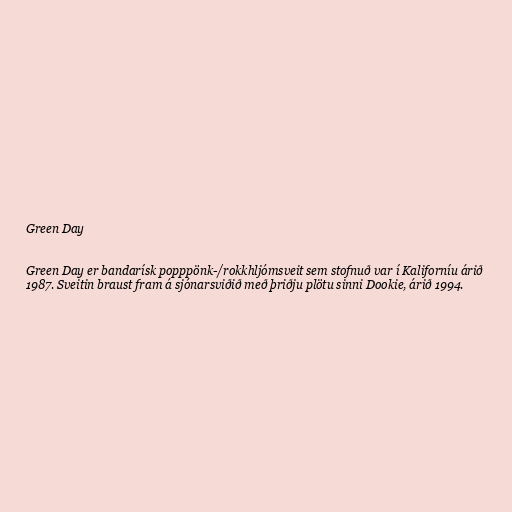
Green Day

Green Day er bandarísk popppönk-/rokkhljómsveit sem stofnuð var í Kaliforníu árið
1987. Sveitin braust fram á sjónarsviðið með þriðju plötu sinni Dookie, árið 1994.